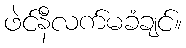
ဖဲင်နီလက်မခံချင်။